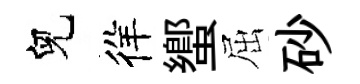
兒徉蠁屈砂